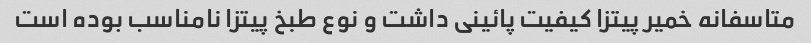
متاسفانه خمیر پیتزا کیفیت پائینی داشت و نوع طبخ پیتزا نامناسب بوده است